Report of the Municipal Commissioner on the plague in Bombay for the year ending 31st May... - Volume 1
Disease focus: Plague
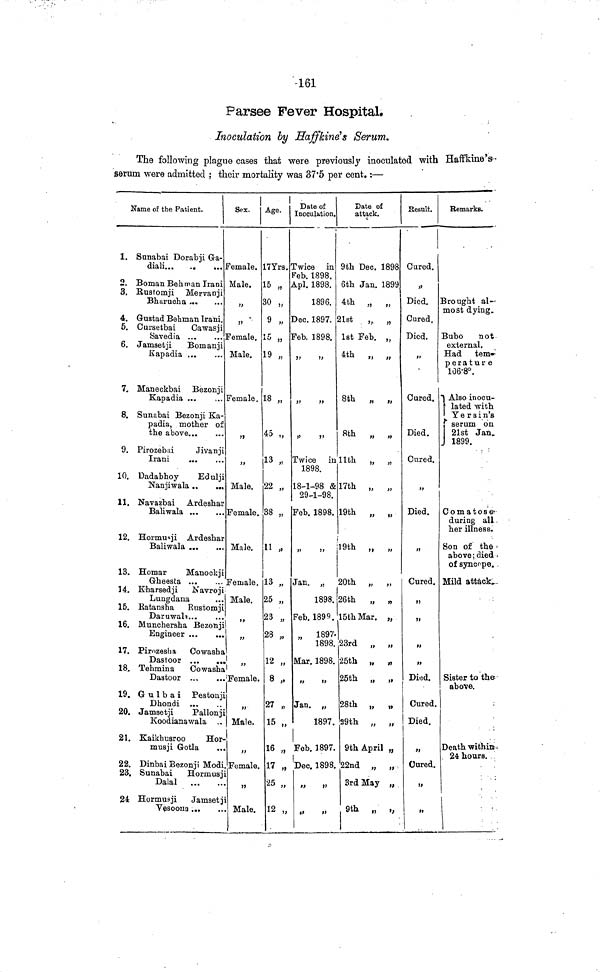
161
Parsee Fever Hospital.
Inoculation by Haffkine's Serum,
The following plague cases that were previously inoculated with Haffkine's
serum were admitted ; their mortality was 37·5 per cent.:—
Name of the Patient.
1. Sunabai Dorabji Ga-
diali
2. Boman Behman Irani
3. Bustomji Mervanji
Bharucha
4. Gustad Behman Irani.
5. Cursetbai Cawasji
Savedia
6. Jamsetji
Bomanji
Kapadia
7. Maneckbai Bezonji
Kapadia
8. Sunabai Bezonji Ka-
padia, mother of
the above
9. Pirozebai
Jivanji
Irani
...
10. Dadabhoy
Edulji
Nanjiwala
11. Navazbai Ardeshar
Baliwala
12. Hormusji Ardeshar
Baliwala
14. Kharsedji
Navroji
Lungdana
15. Ratansha Rustomji
Duruwala
16. Munchersha Bezonji
Engineer
17. Pirozesha Cowasha
Dastoor
18. Tehmina
Cowasha
Dastoor
19. G u 1 b a i Pestonji
Dhondi ...
20. Jamsetji
Pallonji
Koodianawala
21. Kaikhusroo
Hor-
musji Gotla
22. Dinbai Bezonji Modi.
23. Sunabai Hormusji
Dalai
24 Hormusji
Jamsetji
Vesoona
Sex.
Female.
Male.
Female.
Male.
Female.
Male.
Female.
Male.
Female.
Male.
Female.
Male.
Age.
17 Yrs.
15 „
30 „
9
15 „
19 „
18 „
45 „
13 „
22 „
38 „
11 „
13 „
25 „
23 „
28 „
8 „
15 „
17 „
25 „
12 „
Date of
Inoculation.
Twice in
Feb. 1898.
Apl. 1898.
1896.
Dec. 1897.
Feb. 1898.
Twice in
1898
18-1-98 &
29-1-98.
Feb. 1898.
1898.
Feb. 1899.
„ 1897-
1898.
1897.
Dec. 1898.
Date of
attack.
9th Dec. 1898
6th Jan. 1899
4th „ „
21st
„ „
1st Feb. „
4th „ „
8th „ „
8th „ „
11th „ „
17th „ „
19th
„ „
19th „ „
26th „ „
15th Mar. „
23rd „ „
25th „ „
29th
„
„
22nd „ „
3rd May „
9th „ ,,
Result.
Cured.
Died.
Cured.
Died.
Cured.
Died.
Cured.
Died.
Cured.
„
Died.
Cured.
Died.
Cured.
Remarks.
Brought al-
most dying.
Bubo
not
external.
Had
tem-
perature
106·8°.
Also inocu-
lated with
Yersin's
serum on
21st Jan.
1899.
Comatose
during all
her illness.
Son of the
above; died
of syncope.
Mild attack.
Sister to the
above.